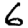
Digit: 6